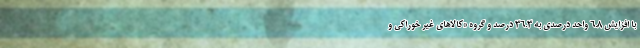
با افزایش 6.8 واحد درصدی به 36.3 درصد و گروه «کالاهای غیر خوراکی و